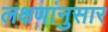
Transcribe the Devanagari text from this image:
लक्षणांनुसार